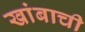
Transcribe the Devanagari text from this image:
खांबाची